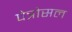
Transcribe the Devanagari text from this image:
पेत्रोसल